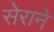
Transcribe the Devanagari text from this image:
सेराने